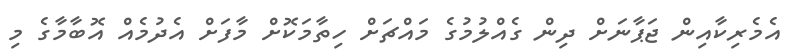
އެމެރިކާއިން ޖަޕާނަށް ދިން ގެއްލުމުގެ މައްޗަށް ހިތާމަކޮށް މާފަށް އެދުމެއް އޮބާމާގެ މި